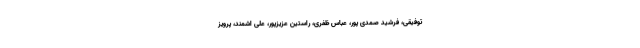
توفیقی، فرشید صمدی پور، عباس ظفری، راستین عزیزپور، علی اشمند، پرویز